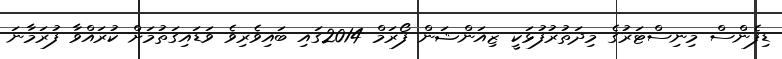
ޑިފެންސް މިނިސްޓަރުގެ މިދަތުރުފުޅަކީ ޒިއަންޝަން ފޯރަމް 2014ގައި ބައިވެރިވެ ވަޑައިގަތުމަށް ކުރައްވާ ފުރަމާނަ